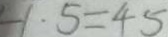
- 1 . 5 = 4 5